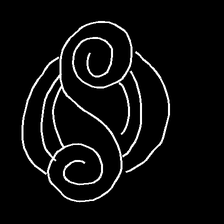
Glyph: wind-underfoot